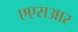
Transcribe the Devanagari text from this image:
एएसआर